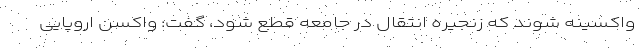
واکسینه شوند که زنجیره انتقال در جامعه قطع شود، گفت: واکسن اروپایی